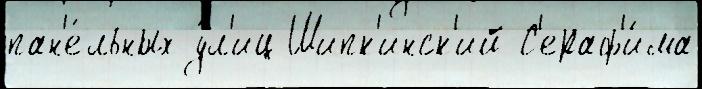
пан'е́льных у́л'иц Шипк'инск'ий С'ераф'и́ма